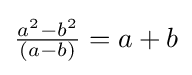
{\tfrac {a^{2}-b^{2}}{(a-b)}}=a+b